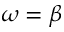
\omega = \beta